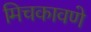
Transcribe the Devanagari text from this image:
मिचकावणे